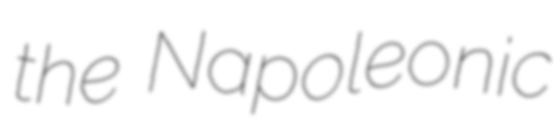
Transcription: the Napoleonic